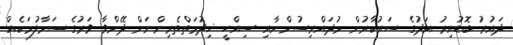
ދައުރު ބޮޑުއިރު އަދުގެ ސަރުކާރުން މުދައްރިސުންނާއި ސިއްހީ ޚިދުމަތްތެރިންނަށް ދޭންވާ ވަރުގެ ސަމާލުމަކެއް